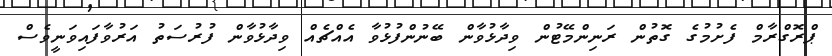
ޕްރޮގްރާމް ފެށުމުގެ ގޮތުން ރަނިންމޭޓުން ވިދާޅުވާން ބޭނުންފުޅުވާ އެއްޗެއް ވިދާޅުވާން ފުރުސަތު އަރުވާފައިވަނީވެސް